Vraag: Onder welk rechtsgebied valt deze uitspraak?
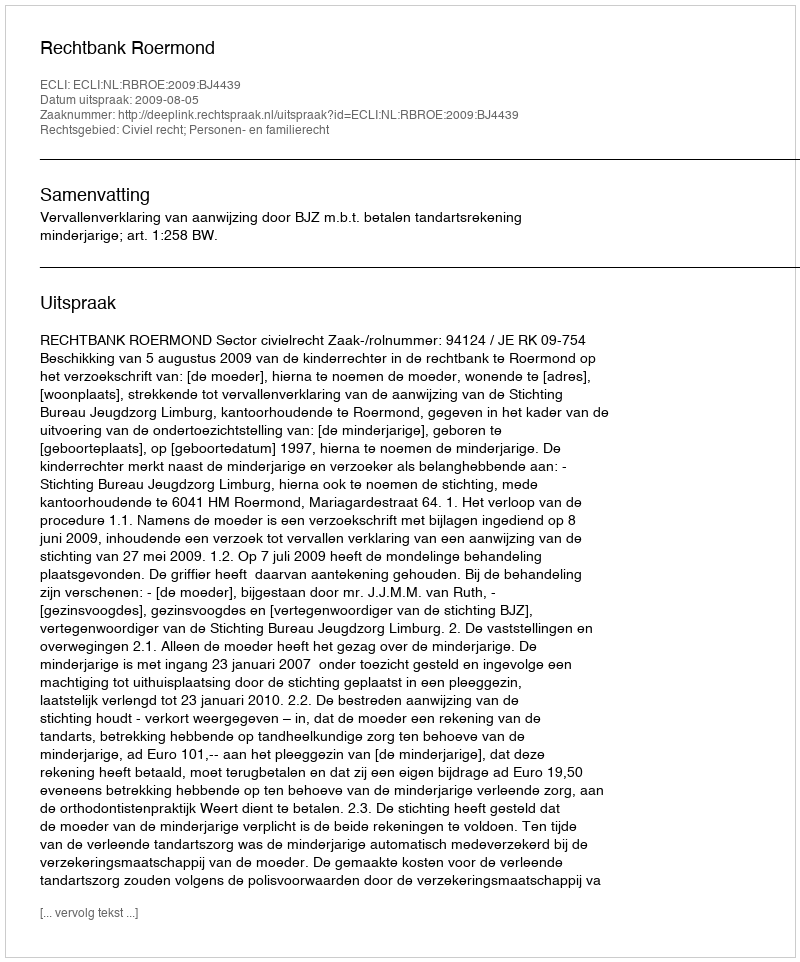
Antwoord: Civiel recht; Personen- en familierecht